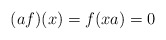
\begin{align*}(af)(x) = f(xa) = 0\end{align*}